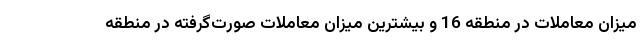
میزان معاملات در منطقه 16 و بیشترین میزان معاملات صورت‌گرفته در منطقه